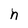
Character: n